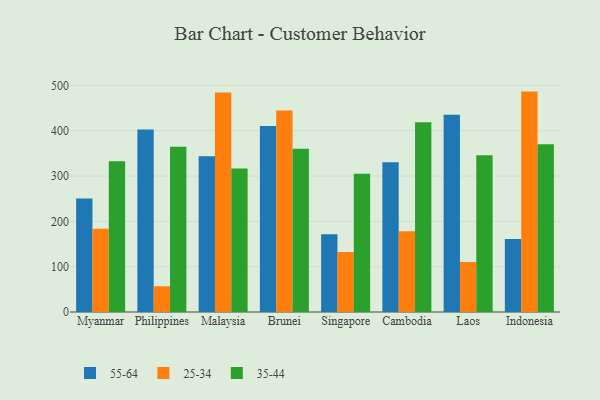
{"axis": {"x": "Country", "y": "Revenue (USD Million)"}, "legend": ["25-34", "35-44", "55-64"], "data": [{"x": "Myanmar", "y": 250.3, "type": "55-64"}, {"x": "Myanmar", "y": 183.5, "type": "25-34"}, {"x": "Myanmar", "y": 332.4, "type": "35-44"}, {"x": "Philippines", "y": 402.6, "type": "55-64"}, {"x": "Philippines", "y": 56.7, "type": "25-34"}, {"x": "Philippines", "y": 364.7, "type": "35-44"}, {"x": "Malaysia", "y": 343.6, "type": "55-64"}, {"x": "Malaysia", "y": 484.3, "type": "25-34"}, {"x": "Malaysia", "y": 316.4, "type": "35-44"}, {"x": "Brunei", "y": 410.3, "type": "55-64"}, {"x": "Brunei", "y": 444.4, "type": "25-34"}, {"x": "Brunei", "y": 360.0, "type": "35-44"}, {"x": "Singapore", "y": 171.8, "type": "55-64"}, {"x": "Singapore", "y": 132.2, "type": "25-34"}, {"x": "Singapore", "y": 305.2, "type": "35-44"}, {"x": "Cambodia", "y": 330.5, "type": "55-64"}, {"x": "Cambodia", "y": 178.4, "type": "25-34"}, {"x": "Cambodia", "y": 418.4, "type": "35-44"}, {"x": "Laos", "y": 435.0, "type": "55-64"}, {"x": "Laos", "y": 110.3, "type": "25-34"}, {"x": "Laos", "y": 346.1, "type": "35-44"}, {"x": "Indonesia", "y": 161.0, "type": "55-64"}, {"x": "Indonesia", "y": 486.3, "type": "25-34"}, {"x": "Indonesia", "y": 370.3, "type": "35-44"}]}